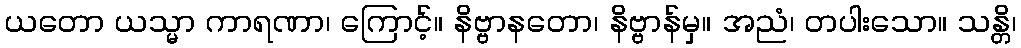
ယတော ယသ္မာ ကာရဏာ၊ ကြောင့်။ နိဗ္ဗာနတော၊ နိဗ္ဗာန်မှ။ အညံ၊ တပါးသော။ သန္တိ၊